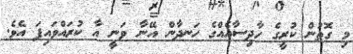
މި ގޮތުން ކުރީގެ ހާދިސާއެއްގެ ހަނދާން އޭނާ ވަނީ އާ ކުރައްވައިފަ އެވެ.